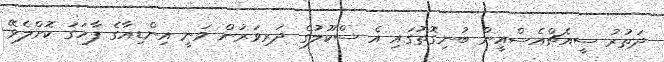
ދަތުރު ސީއެޗްއެސްއީން ބުނިގޮތުގައި އެ ސްކޫލުގެ ދަރިވަރުން ވަނީ އިންޑިއާގެ ފާހަގަ ކޮށްލެވޭ